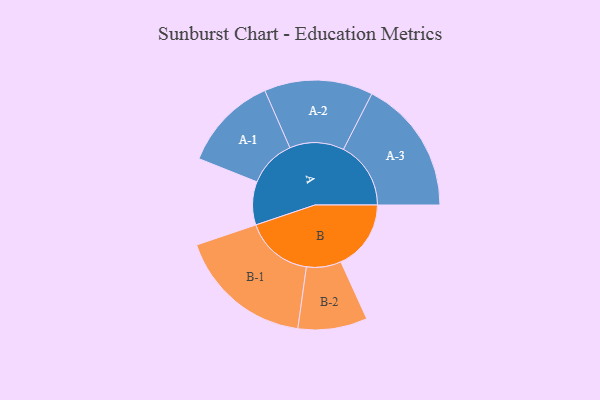
{"axis": {"x": "Segment", "y": "Value"}, "legend": ["", "A", "B"], "data": [{"x": "A", "y": 156, "type": ""}, {"x": "B", "y": 253, "type": ""}, {"x": "A-1", "y": 172, "type": "A"}, {"x": "A-2", "y": 196, "type": "A"}, {"x": "A-3", "y": 243, "type": "A"}, {"x": "B-1", "y": 245, "type": "B"}, {"x": "B-2", "y": 125, "type": "B"}]}